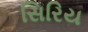
સિરિય